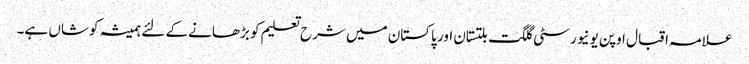
علامہ اقبال اوپن یونیورسٹی گلگت بلتستان اور پاکستان میں شرح تعلیم کو بڑھانے کے لئے ہمیشہ کوشاں ہے۔